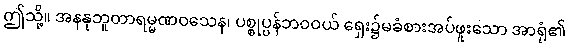
ဤသို့။ အနနုဘူတာရမ္မဏဝသေန၊ ပစ္စုပ္ပန်ဘဝဝယ် ရှေး၌မခံစားအပ်ဖူးသော အာရုံ၏